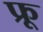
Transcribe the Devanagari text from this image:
फ्रू